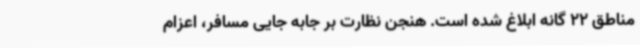
مناطق 22 گانه ابلاغ شده است. هنجن نظارت بر جابه جایی مسافر، اعزام